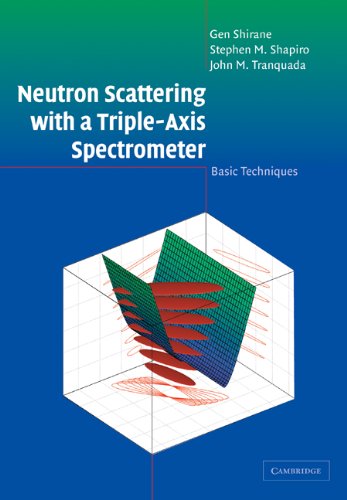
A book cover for Neutron Scattering with a Triple-Axis Spectrometer: Basic Techniques; Gen Shirane; Science & Math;